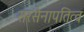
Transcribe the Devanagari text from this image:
सरसेनापतित्व